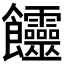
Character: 𩟽